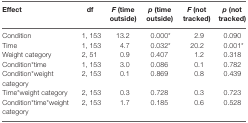
<table><thead><tr><td><b>Effect</b></td><td><b>df</b></td><td><b><i>F</i> (time outside)</b></td><td><b><i>p</i> (time outside)</b></td><td><b><i>F</i> (not tracked)</b></td><td><b><i>p</i> (not tracked)</b></td></tr></thead><tbody><tr><td>Condition</td><td>1, 153</td><td>13.2</td><td>0.000*</td><td>2.9</td><td>0.090</td></tr><tr><td>Time</td><td>1, 153</td><td>4.7</td><td>0.032*</td><td>20.2</td><td>0.001*</td></tr><tr><td>Weight category</td><td>2, 51</td><td>0.9</td><td>0.407</td><td>1.2</td><td>0.318</td></tr><tr><td>Condition*time</td><td>1, 153</td><td>3.0</td><td>0.086</td><td>0.1</td><td>0.782</td></tr><tr><td>Condition*weight category</td><td>2, 153</td><td>0.1</td><td>0.869</td><td>0.8</td><td>0.439</td></tr><tr><td>Time*weight category</td><td>2, 153</td><td>0.3</td><td>0.728</td><td>0.3</td><td>0.723</td></tr><tr><td>Condition*time*weight category</td><td>2, 153</td><td>1.7</td><td>0.185</td><td>0.6</td><td>0.528</td></tr></tbody></table>